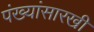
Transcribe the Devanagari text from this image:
पंख्यांसारखी